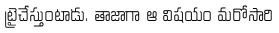
ట్రైచేస్తుంటాడు. తాజాగా ఆ విషయం మరోసారి